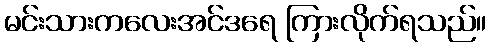
မင်းသားကလေးအင်ဒရေ ကြားလိုက်ရသည်။